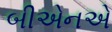
બીએનએ